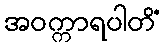
အဝက္ကာရပါတိံ